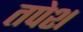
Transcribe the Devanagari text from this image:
तपेश